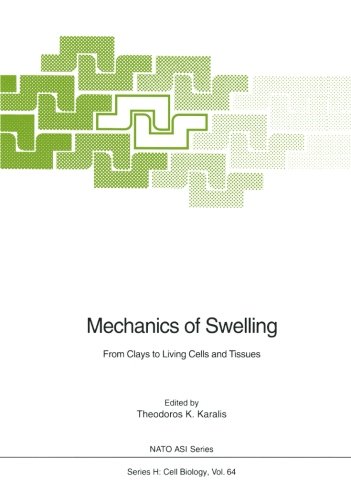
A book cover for Mechanics of Swelling: From Clays to Living Cells and Tissues (Nato ASI Subseries H:); Medical Books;